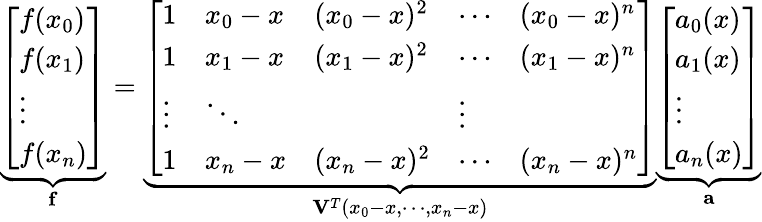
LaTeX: \underbrace{\left[\begin{array}{l}{f(x_{0})}\\ {f(x_{1})}\\ {\vdots}\\ {f(x_{n})}\end{array}\right]}_{\mathbf{f}}=\underbrace{\left[\begin{array}{lllll}{1}&{x_{0}-x}&{(x_{0}-x)^{2}}&{\cdots}&{(x_{0}-x)^{n}}\\ {1}&{x_{1}-x}&{(x_{1}-x)^{2}}&{\cdots}&{(x_{1}-x)^{n}}\\ {\vdots}&{\ddots}&&{\vdots}\\ {1}&{x_{n}-x}&{(x_{n}-x)^{2}}&{\cdots}&{(x_{n}-x)^{n}}\end{array}\right]}_{\mathbf{V}^{T}(x_{0}-x,\cdots,x_{n}-x)}\underbrace{\left[\begin{array}{l}{a_{0}(x)}\\ {a_{1}(x)}\\ {\vdots}\\ {a_{n}(x)}\end{array}\right]}_{\mathbf{a}}